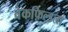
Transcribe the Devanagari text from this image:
वेकफ़िल्डला